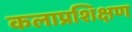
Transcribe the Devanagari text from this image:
कलाप्रशिक्षण